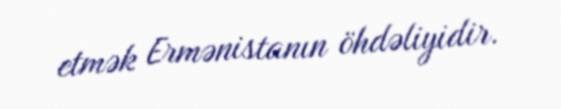
etmək Ermənistanın öhdəliyidir.